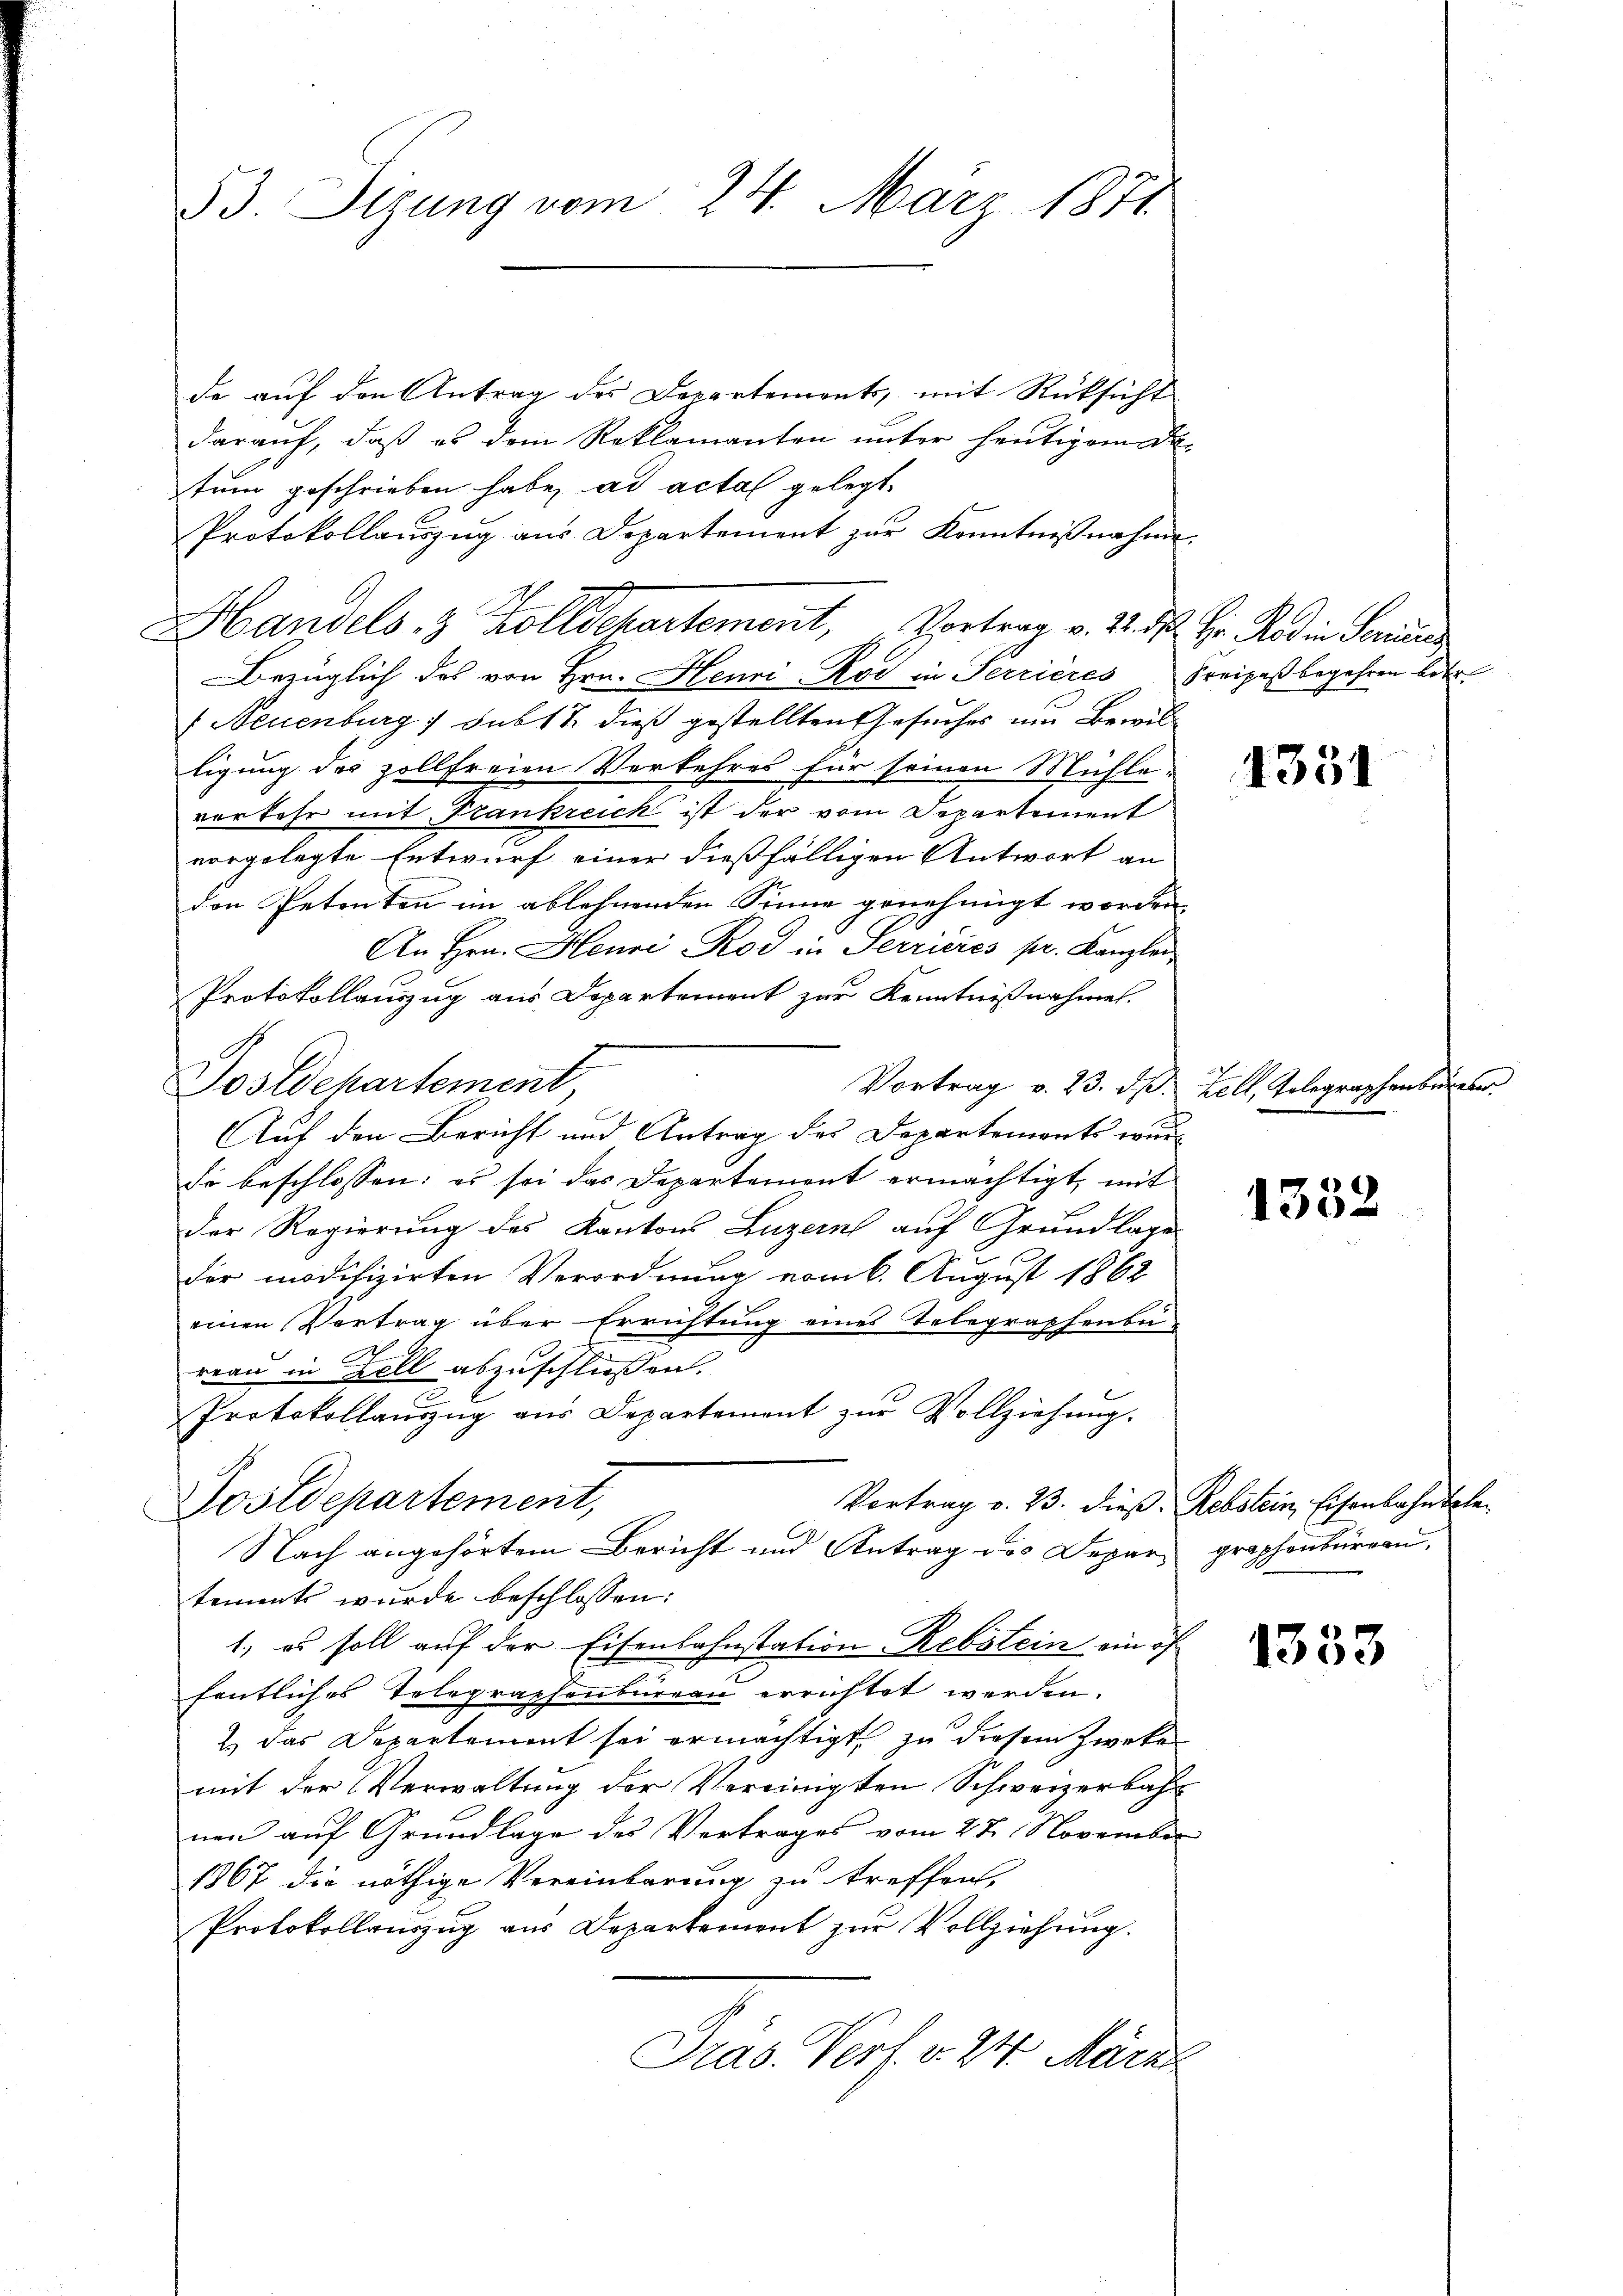
83. Sizung vom 24. März 1874.

de auf den Antrag des Departements, mit Rücksicht
darauf, daß es dem Reklamanten unter heutigen de
tum geschrieben habe, ad acta gelegt.
Protokollauszug aus Departement zur Kenntnißnahme.
Bezüglich des von Hrn. Henri-Rod in Serrieres Freipaßbegehren betr.
 Neuenburg 1 Subst dieß gestellten Gesuches um Bewilligung des zollfreien Verkehres für seinen Mühle-
verkehr mit Frankreich ist der vom Departement
vorgelegte Entwurf einer dießfälligen Antwort an
den Petenten im ablehnenden Sinne genehmigt worden,
An Hrn. Henri Rod in Serrieres pr. Kanzlei,
Protokollauszug aus Departement zur Kenntnißnahmen.
Vortrag v. 23. d.
Postdepartement
Auf den Bericht und Antrag des Departements wurde beschlossen: es sei das Departement ermächtigt, mit
der Regierung des Kantons Luzern auf Grundlage
der modifizirten Verordnung vom 6. August 1862
einen Vertrag über Errichtung eines Telegraphenbu
reau in Zell abzuschließen.
Protokollaŭszŭg aŭs Departement zŭr Vollziehŭng.
Vortrag v. 23. dieß. Rebstein, Eisenbahn tele¬
Postdepartement,
Nach angehörtem Bericht und Antrag des Depar, graphenbürgen,
tements wurde beschlossen:
1., es soll auf der Eisenbahnstation Rebstein ein of
.
fentliches Telegraphenbüreau errichtet werden.
2.) Das Departement sei ermächtigt, zu diesem Zweke
mit der Verwaltung der Vereinigten Schweizerbahnen auf Grundlage des Vertrages vom 27. November
1867 die nöthige Vereinbarung zu treffen,
Protokollauszug aus Departement zur Vollziehung.
Pras. Verf. v. 24. März

g

Handels & Zolldechartement, Vortrag v. 2. d. Hr. Radin Sor

4351

Zell, Tolegraphenbureter

1352

1333